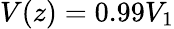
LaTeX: V(z)=0.99V_{1}